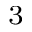
^ 3